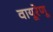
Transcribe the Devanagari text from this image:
वायूरेणू